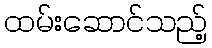
ထမ်းဆောင်သည့်